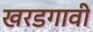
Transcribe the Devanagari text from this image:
खरडगावी